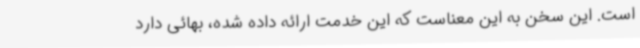
است. این سخن به این معناست که این خدمت ارائه داده شده، بهائی دارد